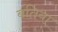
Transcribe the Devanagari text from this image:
बतिया